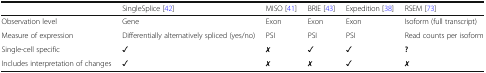
|  | SingleSplice [42] | MISO [41] | BRIE [43] | Expedition [38] | RSEM [73] |
 | --- | --- | --- | --- | --- | --- |
 | Observation level | Gene | Exon | Exon | Exon | Isoform (full transcript) |
 | Measure of expression | Differentially alternatively spliced (yes/no) | PSI | PSI | PSI | Read counts per isoform |
 | Single-cell specific | ✓ | ✗ | ✓ | ✓ | ? |
 | Includes interpretation of changes | ✓ | ✗ | ✗ | ✓ | ✗ |